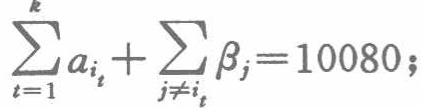
\(\sum_{t = 1}^{k} a_{i_{t}}+\sum_{j\neq i_{t}}\beta_{j}=10080;\)